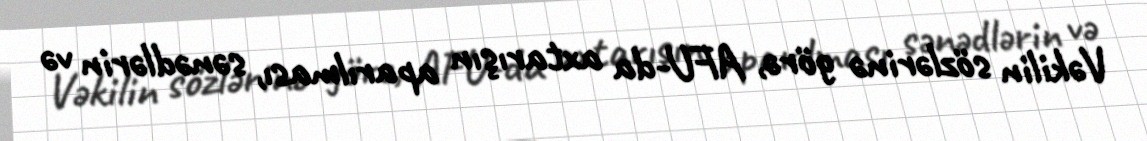
Vəkilin sözlərinə görə, AFU-da axtarışın aparılması, sənədlərin və